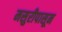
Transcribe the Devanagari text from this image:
मसुरीपासून